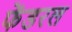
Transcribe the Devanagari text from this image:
फेंडरल